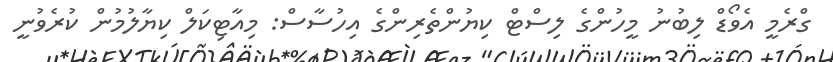
ގްރެމީ އެވޯޑް ލިބުނު މީހުންގެ ލިސްޓް ކިޔުންތެރިންގެ އިހުސާސް: މިއާޓިކަލް ކިޔާލުމުން ކުރެވުނީ